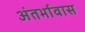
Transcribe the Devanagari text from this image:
अंतर्भावास